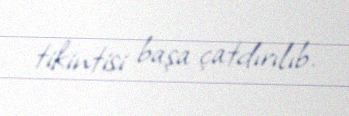
tikintisi başa çatdırılıb.